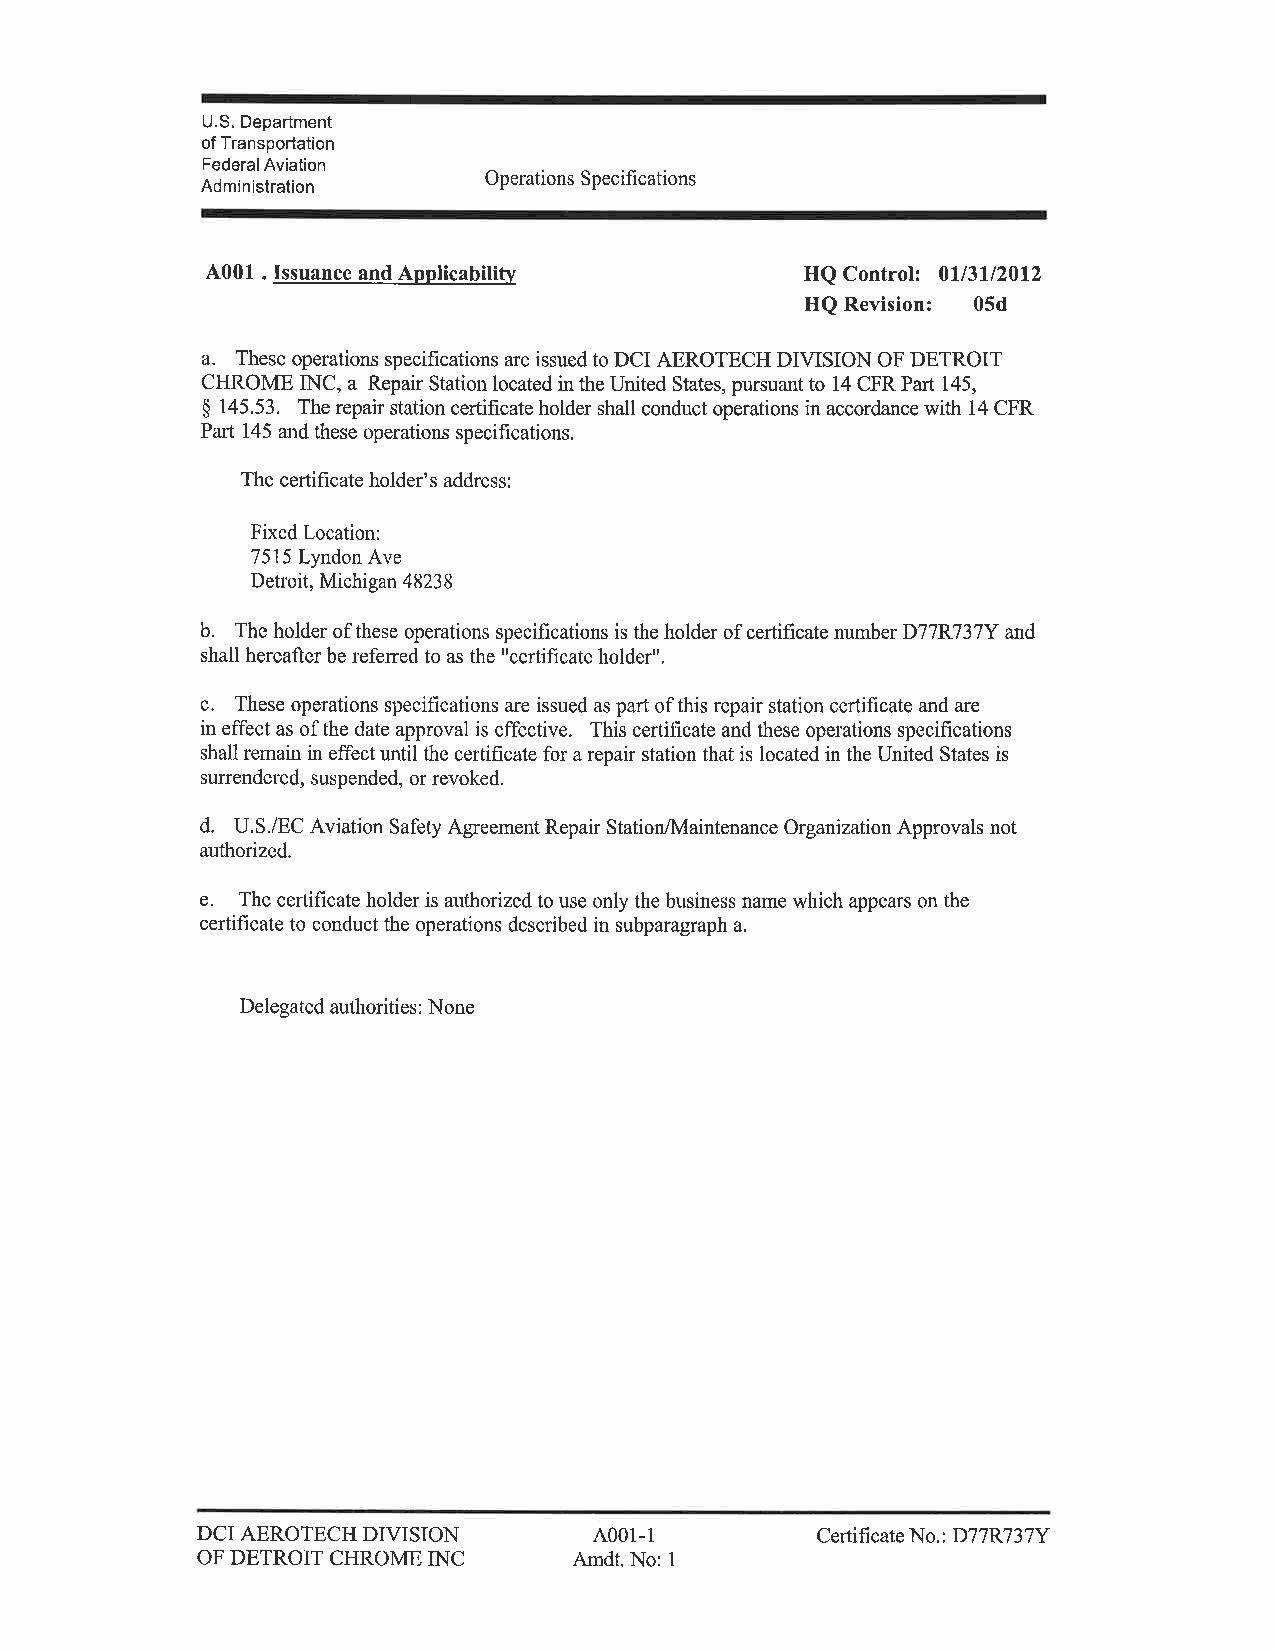
U.S. Department
 of Transportation
 Federal Aviation
 Administration     Operations Specihcations
 4001 . Issuance and Apnlicability      HQ Control. 0ll3ll20l2
 HQ Revision: 05d
 a.
 These operations specifications are issued to DCI AEROTECH DIVISION OF DETROIT
 CHROME INC, a Repair Station located in the United States, pursuant to 14 CFR Part 145,
 $ 145.53. The repair station certificate holder shall conduct operations in accordance with 14 CFR
 Pafi 145 and these operations specifications.
 The certificate holder's address:
 Fixed Location:
 7515 Lyndon Ave
 Detroit, Michigan 48238
 b.
 The holder of these operations specifications is the holder of certificate number D77P.737Y and
 shall hereafter be referred to as the "certificate holder".
 c.
 These operations specifications are issued as part ofthis repair station cerlificate and are
 in effect as ofthe date approval is effective. This certificate and these operations specifications
 shall remain in effect until the certihcate for a repair station that is located in the United States is
 surrendered, suspended, or revoked.
 d.
 U.S./EC Aviation Safety Agreement Repair Station/lvfaintenance Organization Approvals not
 authorized.
 e.
 The certificate holder is authorized to use only the business name which appears on the
 certificate to conduct the operations described in subparagraph a.
 Delegated authorities: None
 DIVISION       4001-1
 DCI AEROTECH                             CertificateNo.: D77R737Y
 INC
 OF DETROIT CHROME        Amdt. No: 1